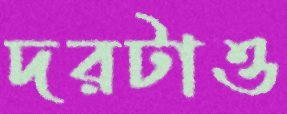
দরটাও